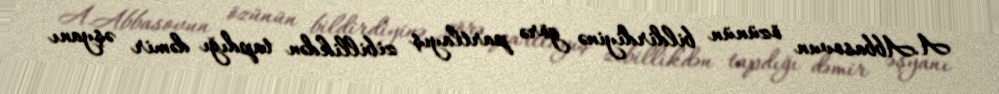
A.Abbasovun özünün bildirdiyinə görə partlayış zibillikdən tapdığı dəmir əşyanı